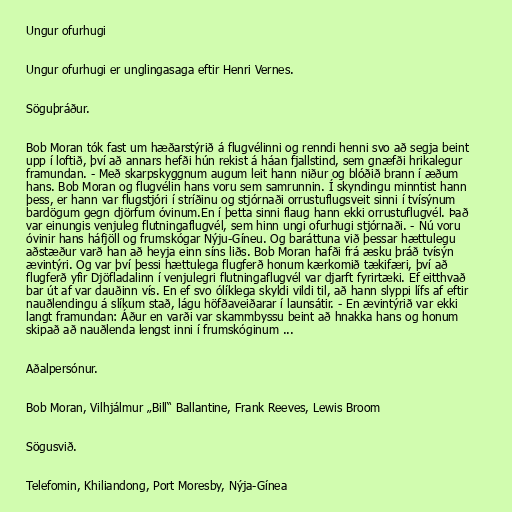
Ungur ofurhugi

Ungur ofurhugi er unglingasaga eftir Henri Vernes.

Söguþráður.

Bob Moran tók fast um hæðarstýrið á flugvélinni og renndi henni svo að segja beint
upp í loftið, því að annars hefði hún rekist á háan fjallstind, sem gnæfði hrikalegur
framundan. - Með skarpskyggnum augum leit hann niður og blóðið brann í æðum
hans. Bob Moran og flugvélin hans voru sem samrunnin. Í skyndingu minntist hann
þess, er hann var flugstjóri í stríðinu og stjórnaði orrustuflugsveit sinni í tvísýnum
bardögum gegn djörfum óvinum.En í þetta sinni flaug hann ekki orrustuflugvél. Það
var einungis venjuleg flutningaflugvél, sem hinn ungi ofurhugi stjórnaði. - Nú voru
óvinir hans háfjöll og frumskógar Nýju-Gíneu. Og baráttuna við þessar hættulegu
aðstæður varð han að heyja einn síns liðs. Bob Moran hafði frá æsku þráð tvísýn
ævintýri. Og var því þessi hættulega flugferð honum kærkomið tækifæri, því að
flugferð yfir Djöfladalinn í venjulegri flutningaflugvél var djarft fyrirtæki. Ef eitthvað
bar út af var dauðinn vís. En ef svo ólíklega skyldi vildi til, að hann slyppi lífs af eftir
nauðlendingu á slíkum stað, lágu höfðaveiðarar í launsátir. - En ævintýrið var ekki
langt framundan: Áður en varði var skammbyssu beint að hnakka hans og honum
skipað að nauðlenda lengst inni í frumskóginum ...

Aðalpersónur.

Bob Moran, Vilhjálmur „Bill“ Ballantine, Frank Reeves, Lewis Broom

Sögusvið.

Telefomin, Khiliandong, Port Moresby, Nýja-Gínea